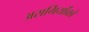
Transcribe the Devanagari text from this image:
अरामियोंको